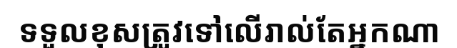
ទទួលខុសត្រូវទៅលើរាល់តែអ្នកណា